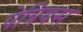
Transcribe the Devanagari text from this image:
पेत्रियस